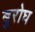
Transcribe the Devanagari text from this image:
बुरोघ